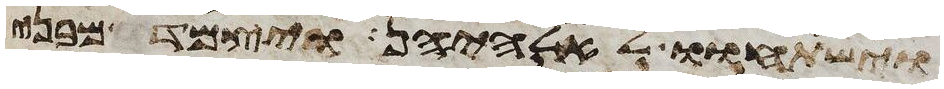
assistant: וישתחוי לאלהיהן ויצמד מבני